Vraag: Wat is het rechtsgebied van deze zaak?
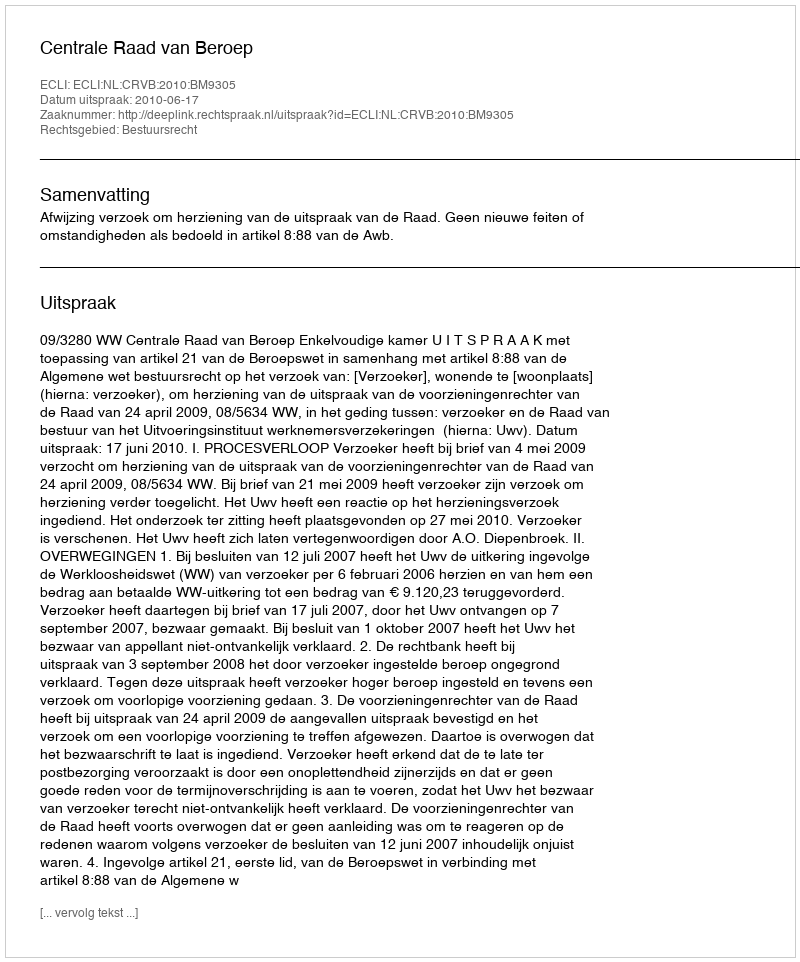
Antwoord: Bestuursrecht